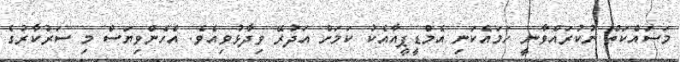
މަސައްކަތް ނުކުރައްވާނީ ހަމައެކަނި އެމްޑީޕީއާއެކު ކަމަށް އަދުރޭ ވިދާޅުވިއެވެ. އެހެންވިޔަސް މި ސަރުކާރުގެ